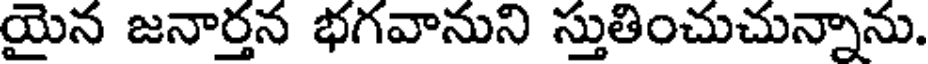
యైన జనార్తన భగవానుని స్తుతించుచున్నాను.